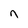
Character: n